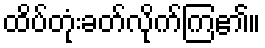
ထိပ်တုံးခတ်လိုက်ကြ၏။